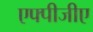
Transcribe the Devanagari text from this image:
एफ्पीजीए